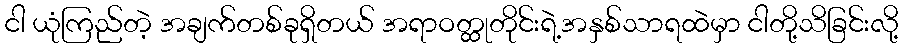
ငါ ယုံကြည်တဲ့ အချက်တစ်ခုရှိတယ် အရာဝတ္ထုတိုင်းရဲ့အနှစ်သာရထဲမှာ ငါတို့သိခြင်းလို့